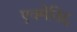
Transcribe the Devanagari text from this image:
एक्मेनिद